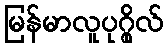
မြန်မာလူပုဂ္ဂိုလ်